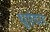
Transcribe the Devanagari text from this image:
धुएंदार